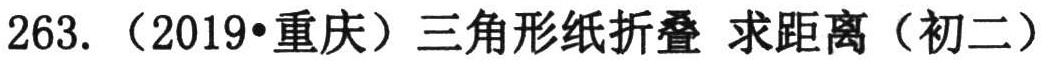
263.（2019•重庆）三角形纸折叠 求距离（初二）